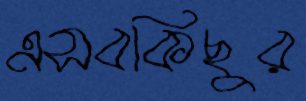
এসবকিছুর